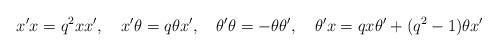
LaTeX: \begin{align*}x' x=q^2 x x',\quad x' \theta=q \theta x',\quad \theta' \theta=- \theta\theta',\quad \theta'x=q x \theta'+(q^2-1)\theta x'\end{align*}